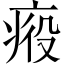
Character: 𤶣